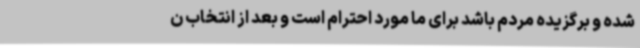
شده و برگزیده مردم باشد برای ما مورد احترام است و بعد از انتخاب ن